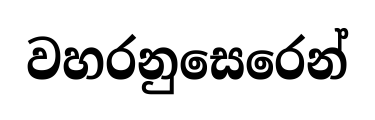
වහරනුසෙරෙන්